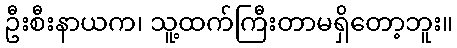
ဦးစီးနာယက၊ သူ့ထက်ကြီးတာမရှိတော့ဘူး။